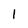
Character: 1